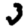
Digit: 3